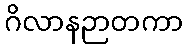
ဂိလာနဉာတကာ